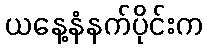
ယနေ့နံနက်ပိုင်းက